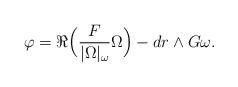
LaTeX: \begin{align*} \varphi = \Re \Big(\frac{F}{|\Omega|_\omega} \Omega \Big) - dr \wedge G \omega.\end{align*}